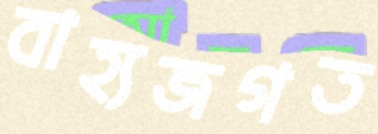
বাহ্যজগত